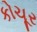
કોચૂર